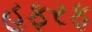
હફરફ